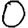
Digit: 0